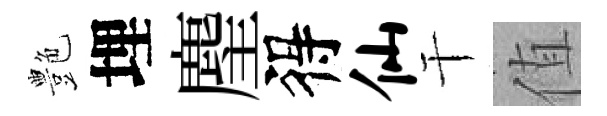
艶埋麈得仙干值